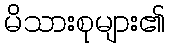
မိသားစုများ၏